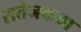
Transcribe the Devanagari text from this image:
सतेजकथा